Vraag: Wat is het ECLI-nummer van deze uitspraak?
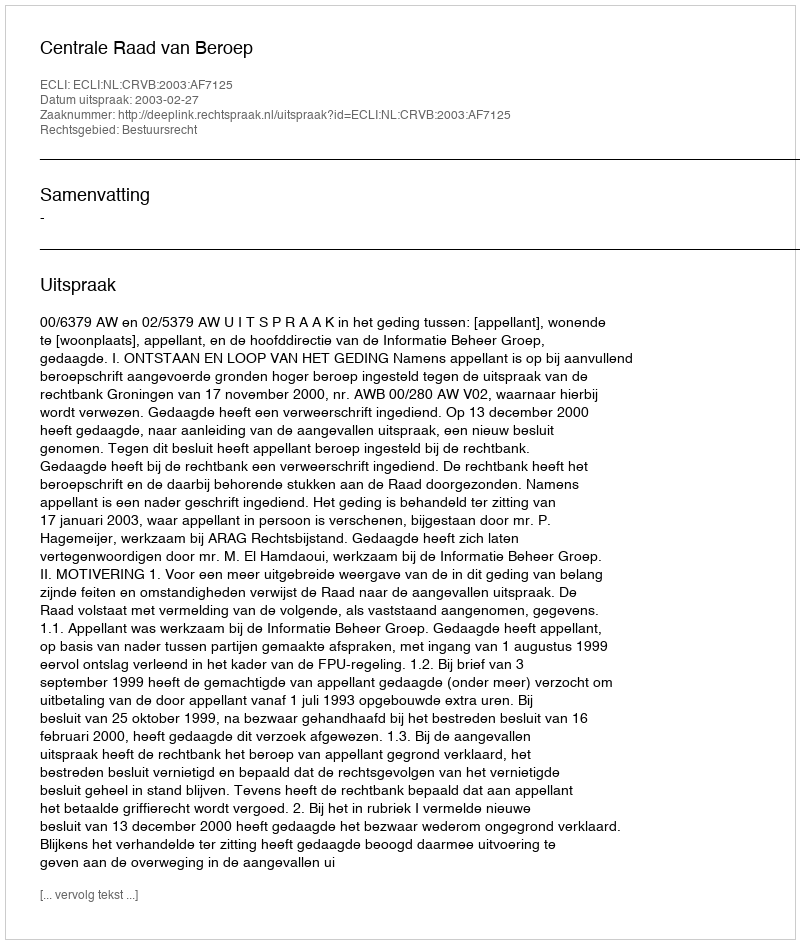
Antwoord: ECLI:NL:CRVB:2003:AF7125